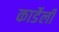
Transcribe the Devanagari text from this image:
कार्डेली